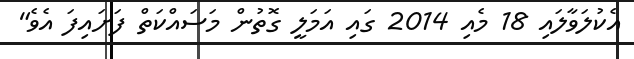
އެކުލަވާލައި 18 މެއި 2014 ގައި އަމަލީ ގޮތުން މަސައްކަތް ފަށައިފަ އެވެ"